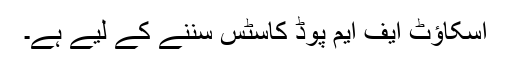
اسکاﺅٹ ایف ایم پوڈ کاسٹس سننے کے لیے ہے۔